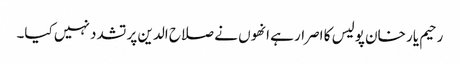
رحیم یار خان پولیس کا اصرار ہے انھوں نے صلاح الدین پر تشدد نہیں کیا۔